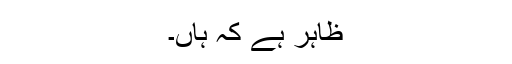
ظاہر ہے کہ ہاں۔